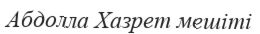
Абдолла Хазрет мешіті